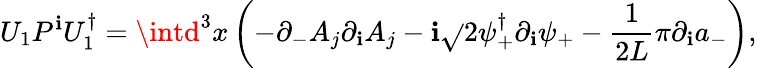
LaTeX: U_{1}P^{\mathbf{i}}U_{1}^{\dagger}=\intd^{3}x\left(-\partial_{-}A_{j}\partial_{\mathbf{i}}A_{j}-\mathbf{i}\sqrt{}{{2}}\psi_{+}^{\dagger}\partial_{\mathbf{i}}\psi_{+}-\frac{{1}}{{2L}}\pi\partial_{\mathbf{i}}a_{-}\right),